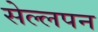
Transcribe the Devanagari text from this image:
सेल्लपन